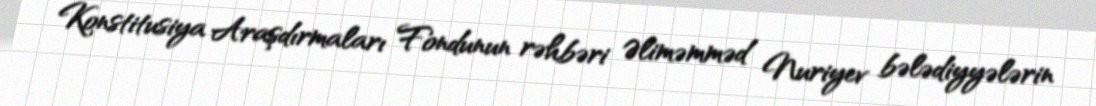
Konstitusiya Araşdırmaları Fondunun rəhbəri Əliməmməd Nuriyev bələdiyyələrin